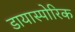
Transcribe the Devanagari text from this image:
डायास्पोरिक